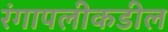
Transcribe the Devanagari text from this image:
रंगापलीकडील